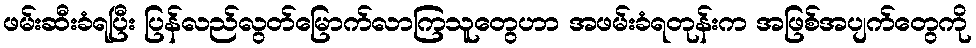
ဖမ်းဆီးခံရပြီး ပြန်လည်လွတ်မြောက်လာကြသူတွေဟာ အဖမ်းခံရတုန်းက အဖြစ်အပျက်တွေကို